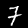
Digit: 7